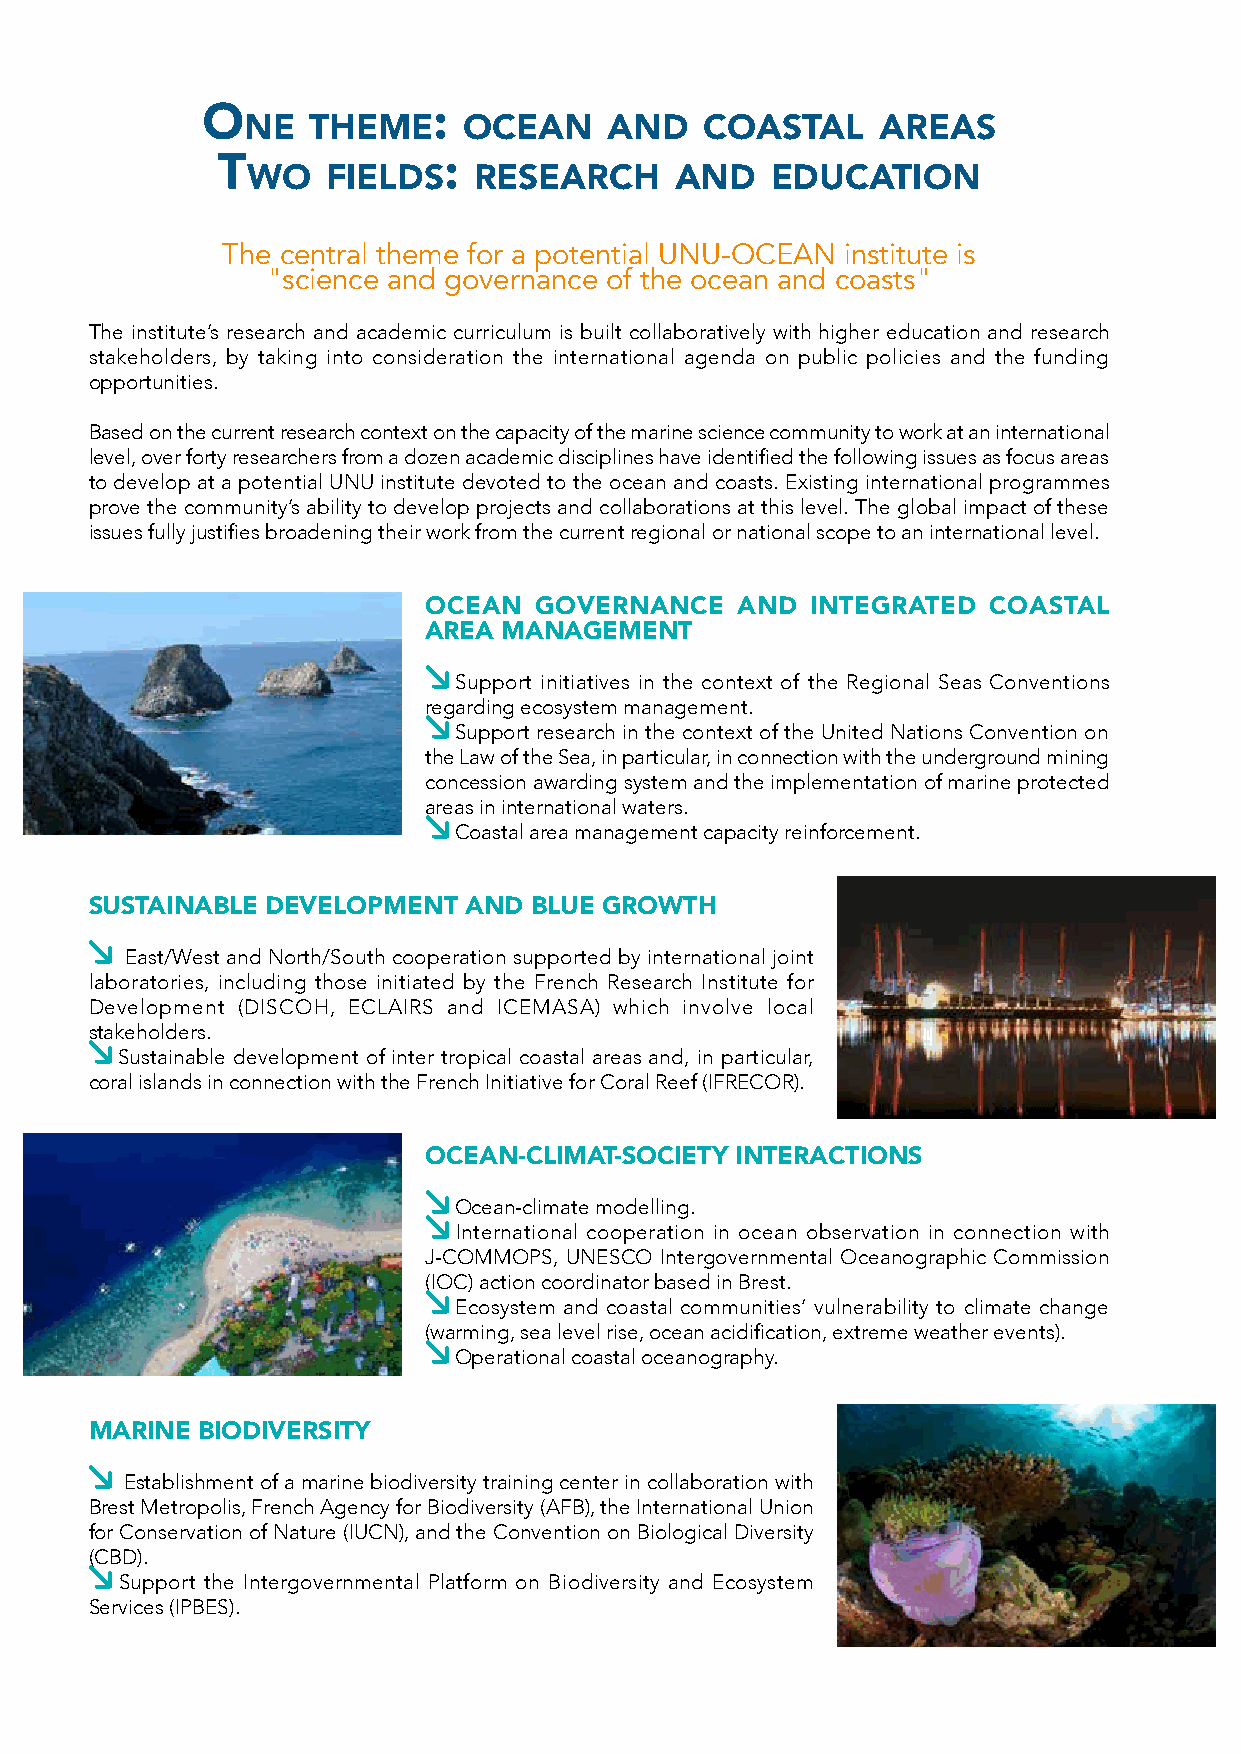
o               :
 ne  theme      ocean    and    coastal    areas
 t              :
 Wo    fields   research      and   education
 The central theme for a potential UNU-OCEAN institute is
 "science and governance of the ocean and coasts"
 The institute’s research and academic curriculum is built collaboratively with higher education and research
 stakeholders, by taking into consideration the international agenda on public policies and the funding
 opportunities.
 Based on the current research context on the capacity of the marine science community to work at an international
 level, over forty researchers from a dozen academic disciplines have identified the following issues as focus areas
 to develop at a potential UNU institute devoted to the ocean and coasts. Existing international programmes
 prove the community’s ability to develop projects and collaborations at this level. The global impact of these
 issues fully justifies broadening their work from the current regional or national scope to an international level.
 OCEAN  GOVERNANCE    AND  INTEGRATED COASTAL
 AREA MANAGEMENT
 Support initiatives in the context of the Regional Seas Conventions
 regarding ecosystem management.
 Support research in the context of the United Nations Convention on
 the Law of the Sea, in particular, in connection with the underground mining
 concession awarding system and the implementation of marine protected
 areas in international waters.
 Coastal area management capacity reinforcement.
 SUSTAINABLE DEVELOPMENT  AND BLUE GROWTH
 East/West and North/South cooperation supported by international joint
 laboratories, including those initiated by the French Research Institute for
 Development (DISCOH, ECLAIRS and ICEMASA) which involve local
 stakeholders.
 Sustainable development of inter tropical coastal areas and, in particular,
 coral islands in connection with the French Initiative for Coral Reef (IFRECOR).
 OCEAN-CLIMAT-SOCIETY INTERACTIONS
 Ocean-climate modelling.
 International cooperation in ocean observation in connection with
 J-COMMOPS, UNESCO Intergovernmental Oceanographic Commission
 (IOC) action coordinator based in Brest.
 Ecosystem and coastal communities’ vulnerability to climate change
 (warming, sea level rise, ocean acidification, extreme weather events).
 Operational coastal oceanography.
 MARINE BIODIVERSITY
 Establishment of a marine biodiversity training center in collaboration with
 Brest Metropolis, French Agency for Biodiversity (AFB), the International Union
 for Conservation of Nature (IUCN), and the Convention on Biological Diversity
 (CBD).
 Support the Intergovernmental Platform on Biodiversity and Ecosystem
 Services (IPBES).